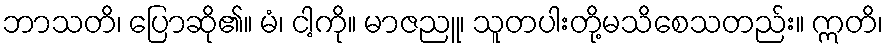
ဘာသတိ၊ ပြောဆို၏။ မံ၊ ငါ့ကို။ မာဇညူ၊ သူတပါးတို့မသိစေသတည်း။ ဣတိ၊